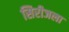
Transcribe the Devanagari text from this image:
सिरीजला